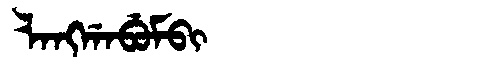
Manchu: ᠯᠠᠩᡤᠠᠪᡠᠮᠪᡳ
Romanization: LANGGABUMBI